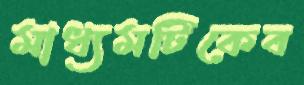
মাধ্যমটিকেব